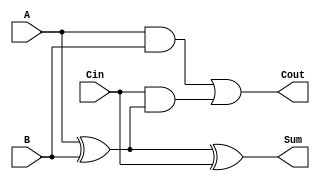
module low_power_full_adder (
    input  wire A,     // First input bit
    input  wire B,     // Second input bit
    input  wire Cin,   // Carry-in bit
    output wire Sum,   // Sum output
    output wire Cout   // Carry-out output
);

    // Internal wires for intermediate calculations
    wire AxorB;        // A XOR B intermediate
    wire AandB;        // A AND B intermediate
    wire CinAndAxorB;  // Cin AND (A XOR B) intermediate

    // Calculate A XOR B
    assign AxorB = A ^ B;

    // Calculate Sum: S = A XOR B XOR Cin
    assign Sum = AxorB ^ Cin;

    // Calculate Carry-out: Cout = (A AND B) OR (Cin AND (A XOR B))
    assign AandB = A & B;
    assign CinAndAxorB = Cin & AxorB;
    assign Cout = AandB | CinAndAxorB;

endmodule